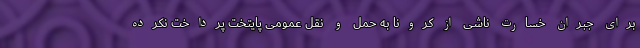
برای جبران خسارت ناشی از کرونا به حمل و نقل عمومی پایتخت پرداخت نکرده